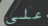
على